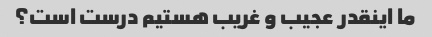
ما اینقدر عجیب و غریب هستیم درست است؟